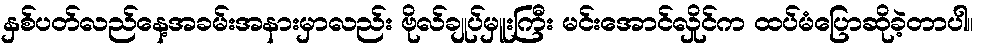
နှစ်ပတ်လည်နေ့အခမ်းအနားမှာလည်း ဗိုလ်ချုပ်မှူးကြီး မင်းအောင်လှိုင်က ထပ်မံပြောဆိုခဲ့တာပါ။